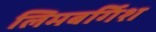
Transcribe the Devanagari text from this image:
लिमबर्गिश